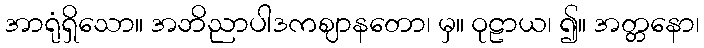
အာရုံရှိသော။ အဘိညာပါဒကဈာနတော၊ မှ။ ဝုဠာယ၊ ၍။ အတ္တနော၊